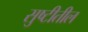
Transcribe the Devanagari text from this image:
सुष्टीतील